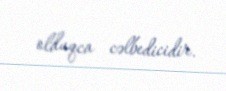
olduqca cəlbedicidir.